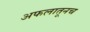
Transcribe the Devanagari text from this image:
अफलातूनच